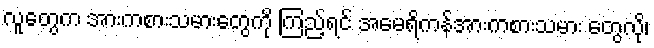
လူတွေက အားကစားသမားတွေကို ကြည့်ရင် အမေရိကန်အားကစားသမား တွေလို၊